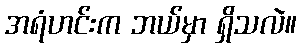
အရံဟင်းက ဘယ်မှာ ရှိသလဲ။